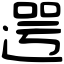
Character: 遌